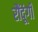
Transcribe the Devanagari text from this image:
रौंदूंगी